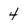
Character: 4